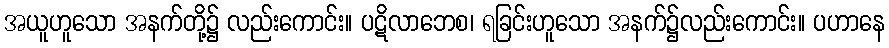
အယူဟူသော အနက်တို့၌ လည်းကောင်း။ ပဋိလာဘေစ၊ ရခြင်းဟူသော အနက်၌လည်းကောင်း။ ပဟာနေ